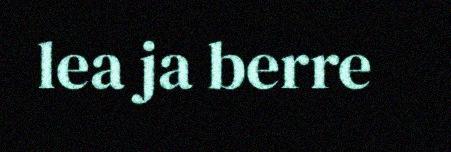
lea ja berre